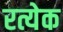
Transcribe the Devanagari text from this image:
रत्येक